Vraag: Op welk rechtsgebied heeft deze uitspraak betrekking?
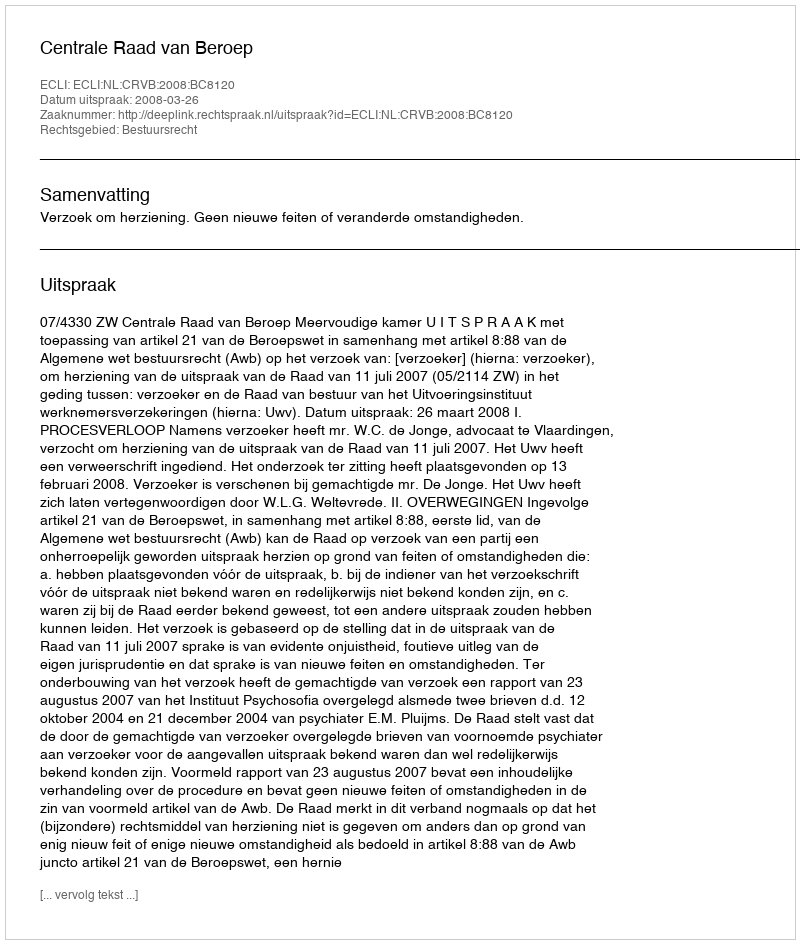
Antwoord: Bestuursrecht